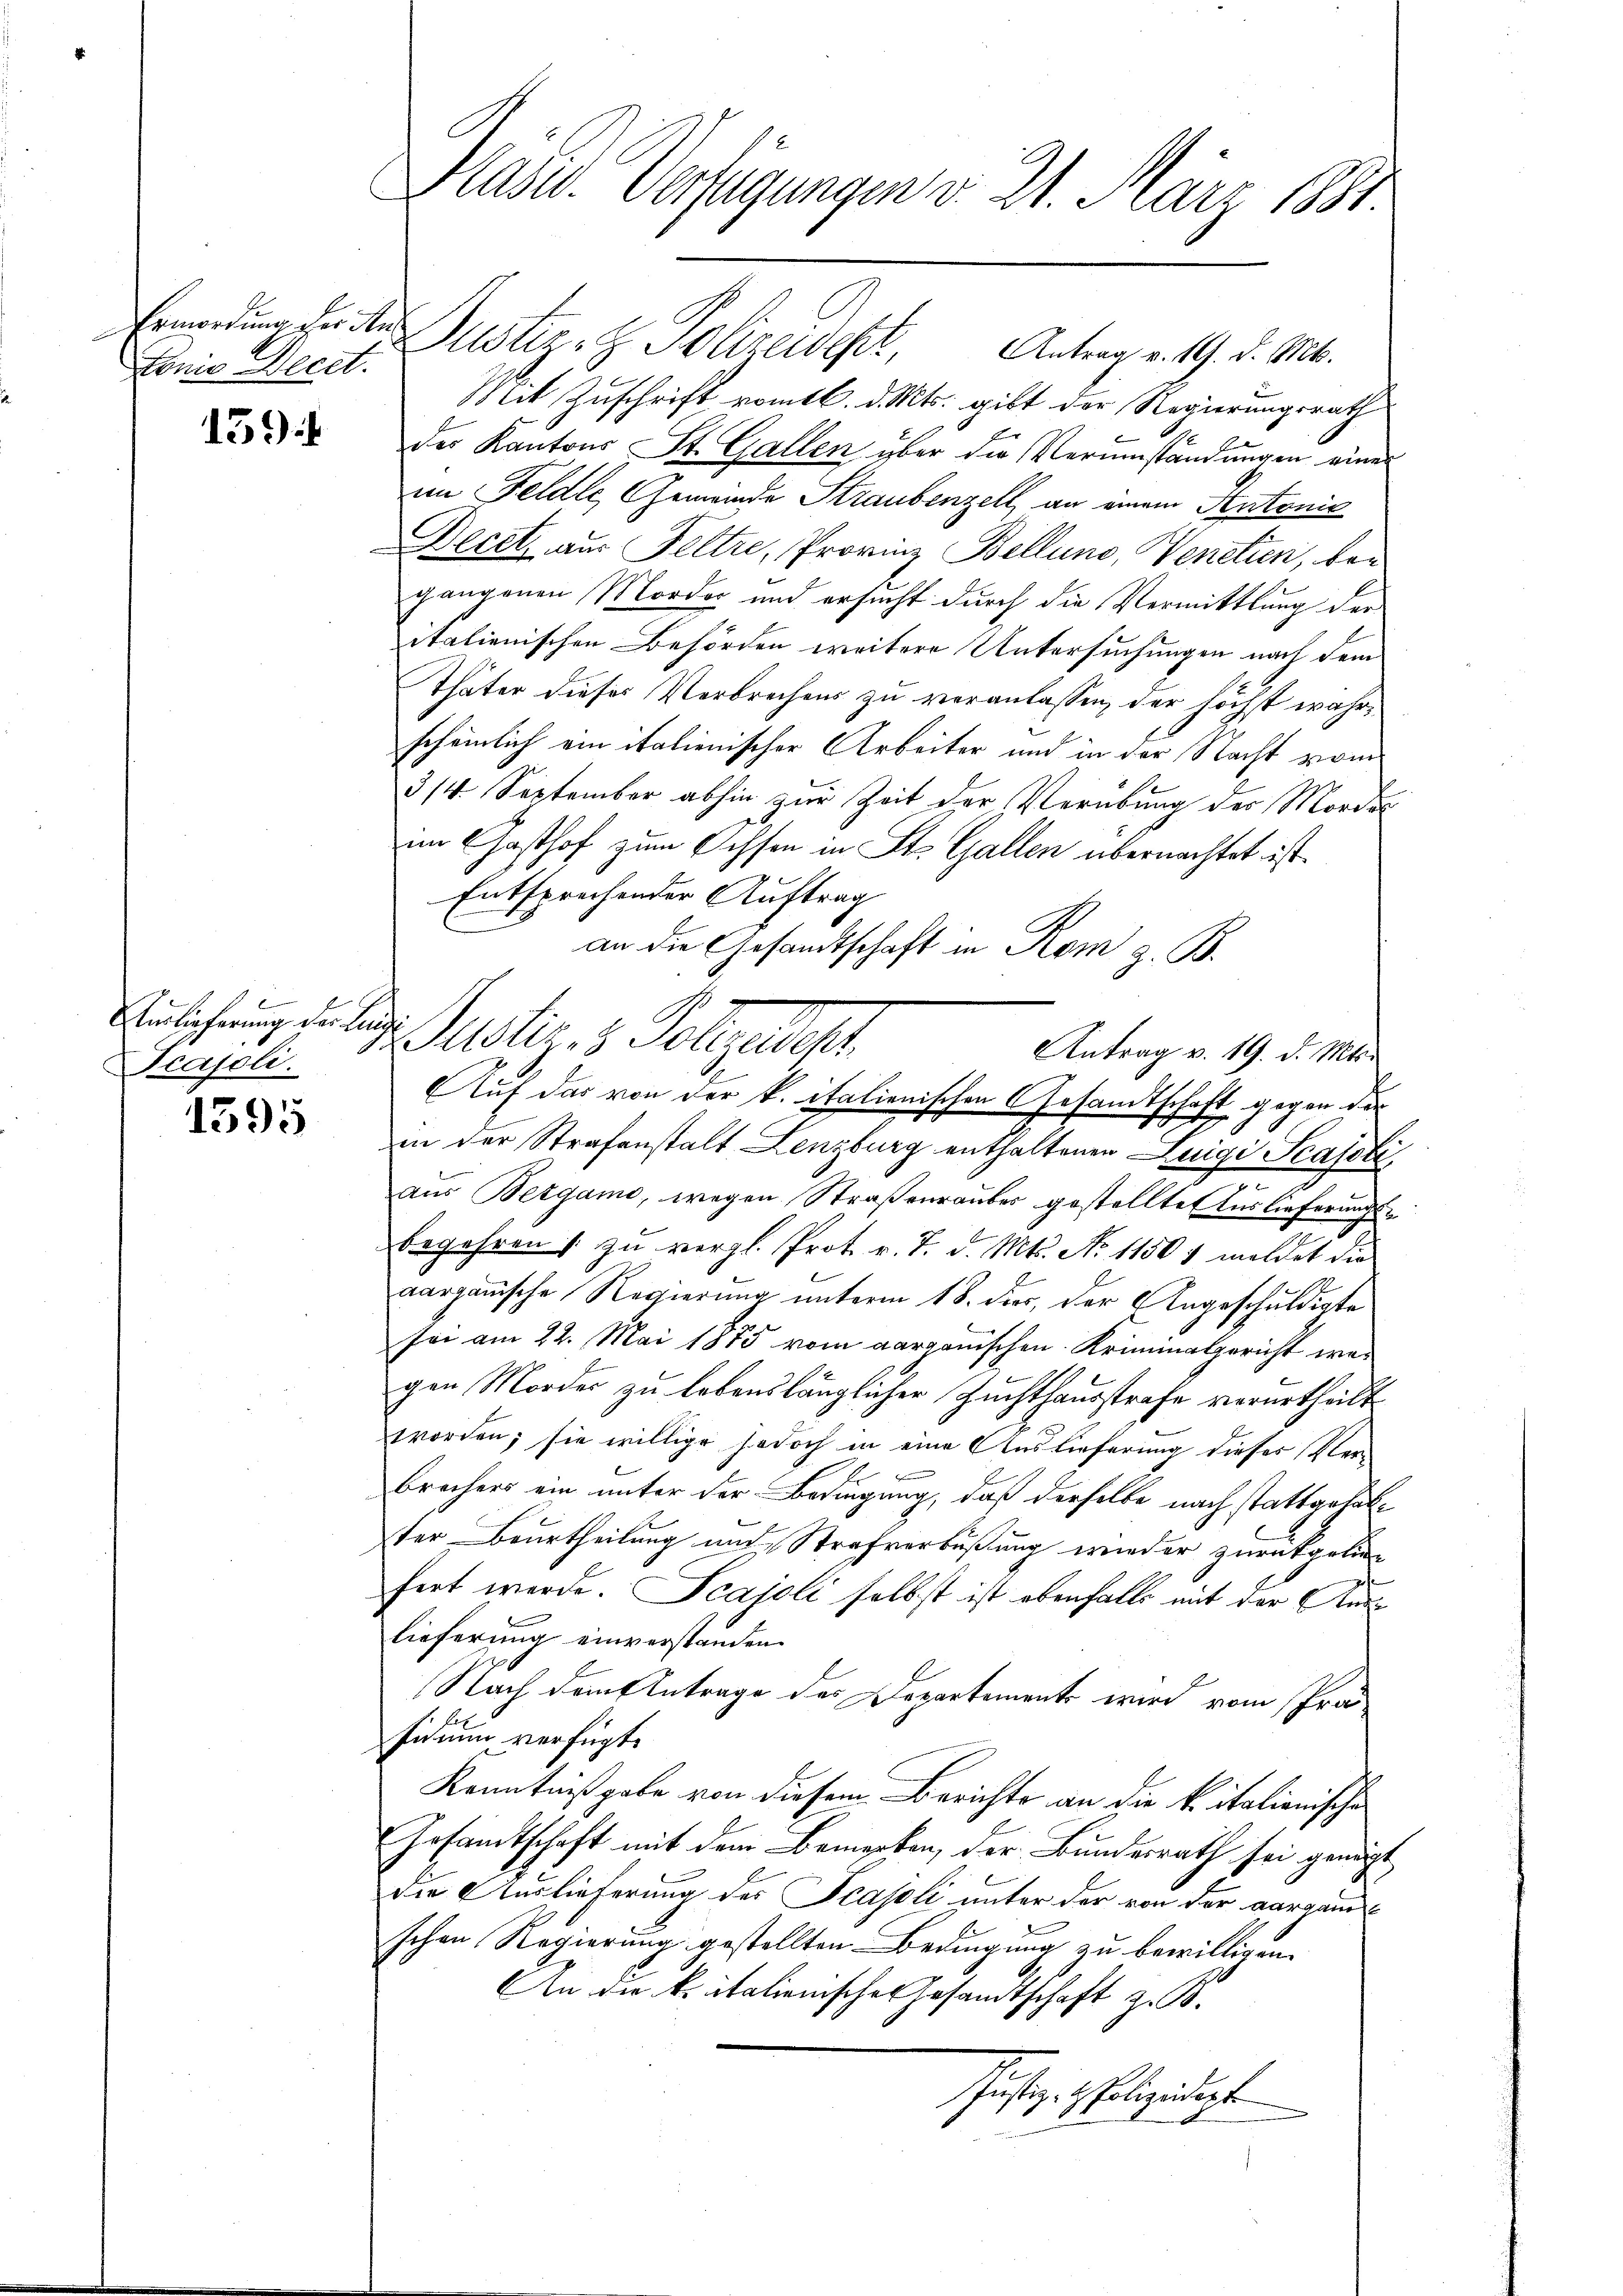
Ermordung der Ans
onn Wecet.

139)

Auslieferung der Lunge
Tcajoli.

1595

Präses Verfügungen v. 2. März 1881.

Justiz- & Polizeides
Antrag v. 19. d. Mts.
Mit Zuschrift vom 16. d. Mts. gibt der Regierungsrath
der Kantons St. Gallen über die Verumständungen eines
im Feldte Gemeinde Straubenzell, an einem Autonie
Decet aus Feltre, Provinz Bellung, Venetien, begangenen Mordes und ersucht durch die Vermittlung der
italienischen Behörden weitere Untersuchungen nach dem
Thäter dieses Verbrechens zu veranlassen, der höchst währ
scheinlich ein italienischer Arbeiter und in der Nacht vom
3/4 September abhin zur Zeit der Verübung der Morden
im Gasthof zum Ochsen in St. Gallen übernachtet ist.
Entsprechender Auftrag
an die Gesandtschaft in Rom z. B.
in der Strafanstalt Lenzburg enthaltenen Luigi Scafetie
aus Bergamo, wegen Straßenrauber gestellte Auslieferungsbegehren /: zu vergl. Prot. v. 7. d. Mts. No 11507 meldet die
aargauische Regierung unterm 18. dies, der Angeschuldigte
sei am 22. Mai 1875 vom aarganischen Kriminalgericht wegen Mordes zu lebenslänglicher Zuchthausstrafe verurtheilt
worden; sie willige jedoch in eine Auslieferung dieses Verbrechers ein unter der Bedingung, daß derselbe nach stattgehalter Beurtheilung und Strafverbüßung wieder zurückgeliehert werde. Scajoli selbst ist ebenfalls mit der Auslieferung einverstanden.
Nach dem Antrage des Departement wird vom Prosidium verfügt:
Kenntnißgabe von diesem Berichte an die Vitalionische
Gesamtschaft mit dem Bemerken, der Bundesrath sei genügt
die Auslieferung des Scajoli unter der von der aargauschen Regierung gestellten Bedingung zu bewilligen.
An die k. italienisches Gesandtschaft z. B.
Justiz- & Polizeidigte

Basler, 3. Folgeregt
Antrag v. 19. d. Mts.
Auf das von der k. italienischen Gesandtschaft gegen der